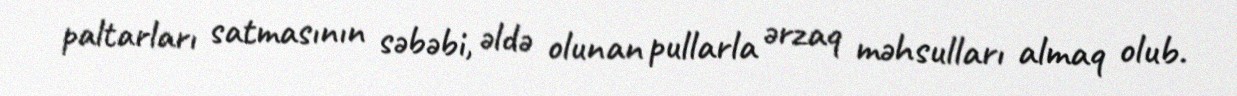
paltarları satmasının səbəbi, əldə olunan pullarla ərzaq məhsulları almaq olub.